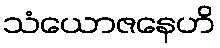
သံယောဇနေဟိ